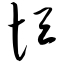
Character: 恒